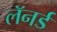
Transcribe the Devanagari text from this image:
लॅनर्ड